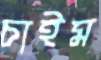
চাইম